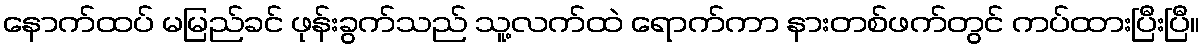
နောက်ထပ် မမြည်ခင် ဖုန်းခွက်သည် သူ့လက်ထဲ ရောက်ကာ နားတစ်ဖက်တွင် ကပ်ထားပြီးပြီ။